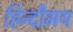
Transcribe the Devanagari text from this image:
हिन्दीमय